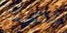
فصيلة